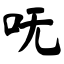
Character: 呒